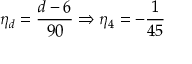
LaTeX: \eta _ { d } = \frac { d - 6 } { 9 0 } \Rightarrow \eta _ { 4 } = - \frac { 1 } { 4 5 }